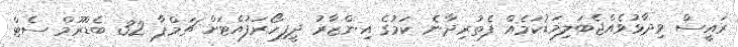
ރައީސް ވިދާޅުވެއްޖެބަލިމަޑުކަމެއް ފެތުރިދާނެ ކަމުގެ އިންޒާރު ދީފިހޯރަފުއްޓަށް ޗަމްޕާ 32 ބެޑްރޫމް ސެޓް